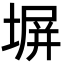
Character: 塀